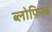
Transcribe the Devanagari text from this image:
ब्लोफ़िल्ड